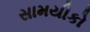
સામયીકો